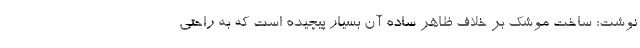
نوشت: ساخت موشک بر خلاف ظاهر ساده آن بسیار پیچیده است که به راحتی